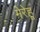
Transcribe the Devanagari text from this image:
मेरेहू